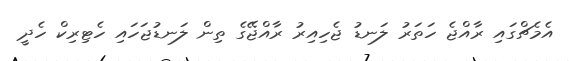
އެމެޗްގައި ރާއްޖެ ހަތަރު ލަނޑު ޖެހިއިރު ރާއްޖޭގެ ތިން ލަނޑުޖަހައި ހެޓިރިކް ހެދީ